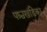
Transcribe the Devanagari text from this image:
पश्चखंडिका